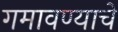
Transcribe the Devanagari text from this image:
गमावण्याचे